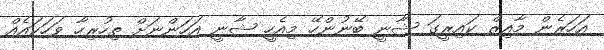
އަހަރެން މާއިޒް ކައިރީގަ ޝާނީ ބޭނުންހޭ މިއެހީ ޝާނީ އަހަންނަށް ތިހުރިހާ ވަހަކައެއް